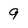
Character: 9